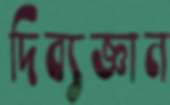
দিব্যজ্ঞান